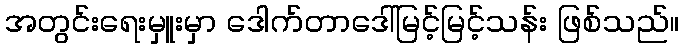
အတွင်းရေးမှူးမှာ ဒေါက်တာဒေါ်မြင့်မြင့်သန်း ဖြစ်သည်။